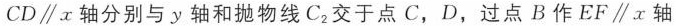
$$CD\parallel x$$轴分别与y轴和抛物线C_{2}交于点C，D，过点B作$$EF\parallel x$$轴